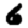
Digit: 6